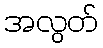
အလွတ်